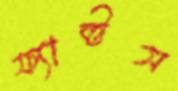
ফ্যাক্টস